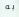
به